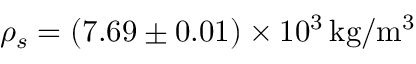
\rho _ { s } = \left( 7 . 6 9 \pm 0 . 0 1 \right) \times 1 0 ^ { 3 } \, \mathrm { k g / m ^ { 3 } }